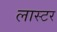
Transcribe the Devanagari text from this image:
लास्टर